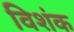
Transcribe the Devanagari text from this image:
विशंक